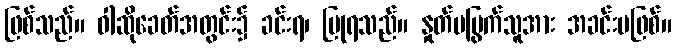
ဖြစ်သည်။ ဝါဆိုခေတ်အတွင်း၌ ခင်းရ၊ ပြုရသည်။ နှုတ်မမြွက်သူအား အခင်းမဖြစ်။